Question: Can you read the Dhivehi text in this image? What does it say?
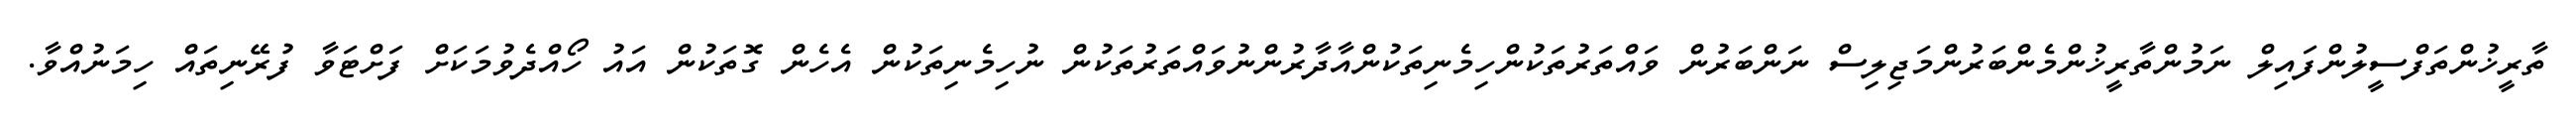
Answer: ތާރީޚުންތަފްސީލުންފައިލް ނަމުންތާރީޚުންމެންބަރުންމަޖިލިސް ނަންބަރުން ވައްތަރުތަކުންހިމެނިތަކުންއާދާރުންނުވައްތަރުތަކުން ނުހިމެނިތަކުން އެހެން ގޮތަކުން އައު ހޯއްދެވުމަކަށް ފަށްޓަވާ ފުރޭނިތައް ހިމަނުއްވާ.